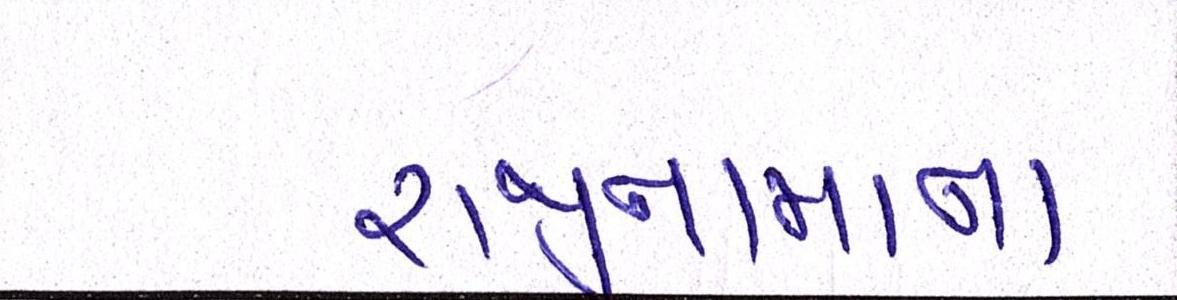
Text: રાજીનામાના